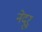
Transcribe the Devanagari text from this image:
नेदूर्